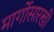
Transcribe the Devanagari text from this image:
मार्गोसारखी